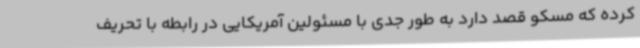
کرده که مسکو قصد دارد به طور جدی با مسئولین آمریکایی در رابطه با تحریف